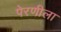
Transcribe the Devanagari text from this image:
पेरणीला